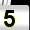
Digit: 5